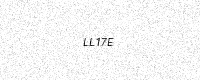
Text: LL17E